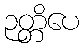
ဉတ္တိပေ